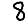
Digit: 8